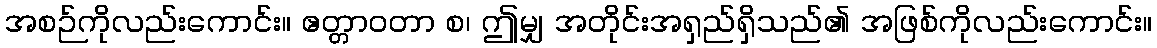
အစဉ်ကိုလည်းကောင်း။ ဧတ္တာဝတာ စ၊ ဤမျှ အတိုင်းအရှည်ရှိသည်၏ အဖြစ်ကိုလည်းကောင်း။